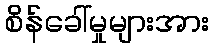
စိန်ခေါ်မှုများအား